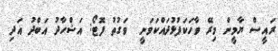
ރައީސް ޔާމީން މިރޭ ވާހަކަފުޅުދައްކަވަނީ  ވަގުތު ފޮޓޯ: އަޝްހާދު އަބްދު އަދި